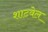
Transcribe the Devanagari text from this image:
शाटवेल